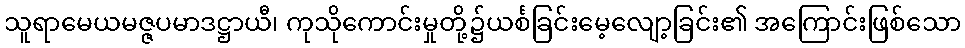
သူရာမေယမဇ္ဇပမာဒဋ္ဌာယီ၊ ကုသိုကောင်းမှုတို့၌ယင်္စခြင်းမေ့လျော့ခြင်း၏ အကြောင်းဖြစ်သော